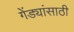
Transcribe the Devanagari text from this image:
गेंड्यांसाठी